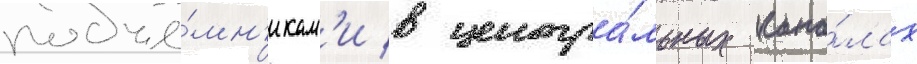
подъё́мн'икам'и в центра́льных кана́лах